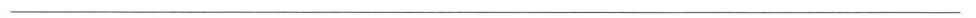
___